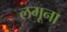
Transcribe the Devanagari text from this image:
लगूना